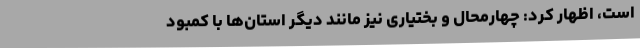
است، اظهار کرد: چهارمحال و بختیاری نیز مانند دیگر استان‌ها با کمبود